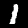
Label: 1